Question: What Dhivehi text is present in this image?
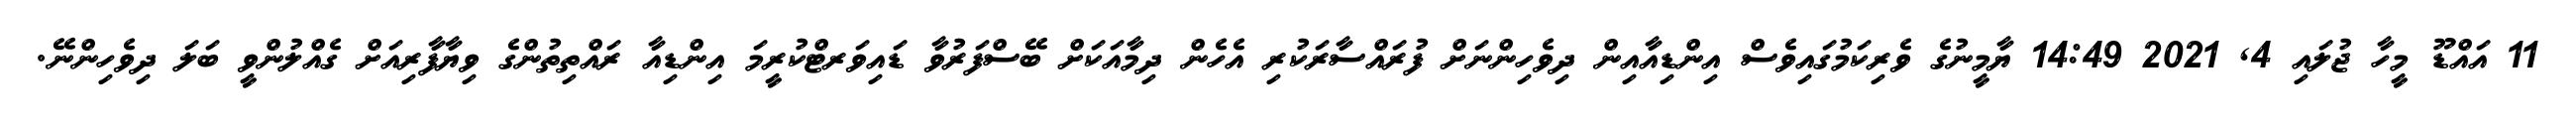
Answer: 11 އައްޑޫ މީހާ ޖުލައި 4, 2021 14:49 ޔާމީނުގެ ވެރިކަމުގައިވެސް އިންޑިއާއިން ދިވެހިންނަށް ފުރައްސާރަކުރި އެހެން ދިމާއަކަށް ބޭސްފަރުވާ ޑައިވަރޓްކުރީމަ އިންޑިއާ ރައްތިތުންގެ ވިޔާފާރިއަށް ގެއްލުންވީ ބަލަ ދިވެހިންނޭ.